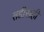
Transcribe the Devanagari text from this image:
तडीसही